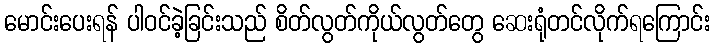
မောင်းပေးရန် ပါဝင်ခဲ့ခြင်းသည် စိတ်လွတ်ကိုယ်လွတ်တွေ ဆေးရုံတင်လိုက်ရကြောင်း